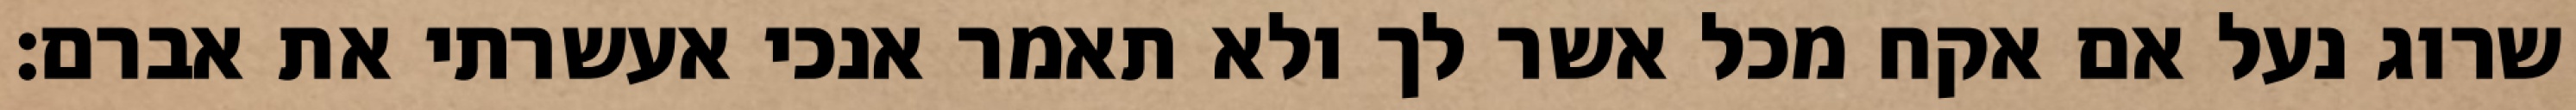
שרוג נעל אם אקח מכל אשר לך ולא תאמר אנכי אעשרתי את אברם׃